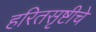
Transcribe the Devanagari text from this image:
हरितसृष्टीचे